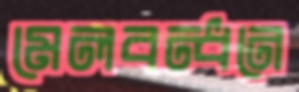
মেলবন্ধনে